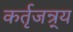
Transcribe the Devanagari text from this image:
कर्तृजन्र्य